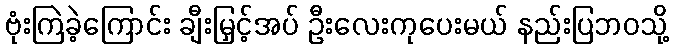
ဗုံးကြဲခဲ့ကြောင်း ချီးမြှင့်အပ် ဦးလေးကုပေးမယ် နည်းပြဘဝသို့